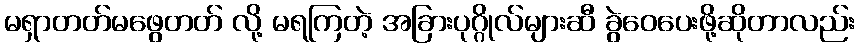
မရှာတတ်မဖွေတတ် လို့ မရကြတဲ့ အခြားပုဂ္ဂိုလ်များဆီ ခွဲဝေပေးဖို့ဆိုတာလည်း